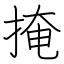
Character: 掩